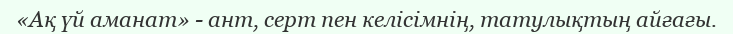
«Ақ үй аманат» - ант, серт пен келісімнің, татулықтың айғағы.